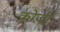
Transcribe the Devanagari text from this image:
कोज़ो